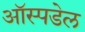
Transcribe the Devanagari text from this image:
ऑस्पडेल